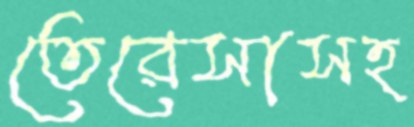
তেরেসাসহ